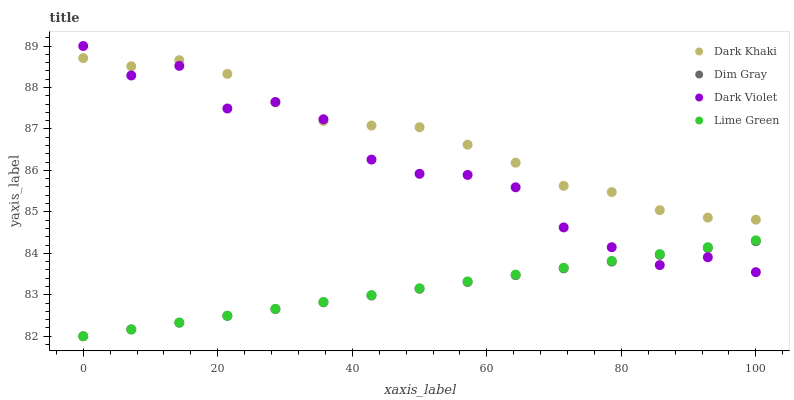
| xaxis_label | Dark Khaki | Dim Gray | Dark Violet | Lime Green |
 | --- | --- | --- | --- | --- |
 | 0 | 88.7 | 82 | 89 | 82 |
 | 7.14 | 88.5 | 82.2 | 88.3 | 82.2 |
 | 14.3 | 88.7 | 82.3 | 88.5 | 82.3 |
 | 21.4 | 88.3 | 82.5 | 87.5 | 82.5 |
 | 28.6 | 87.6 | 82.7 | 87.6 | 82.7 |
 | 35.7 | 87.2 | 82.8 | 87.2 | 82.8 |
 | 42.9 | 87.1 | 83 | 86.3 | 83 |
 | 50 | 87 | 83.1 | 85.9 | 83.2 |
 | 57.1 | 86.6 | 83.3 | 85.9 | 83.3 |
 | 64.3 | 86.2 | 83.5 | 85.6 | 83.5 |
 | 71.4 | 85.6 | 83.6 | 84.6 | 83.7 |
 | 78.6 | 85.5 | 83.8 | 84.1 | 83.8 |
 | 85.7 | 85 | 84 | 83.7 | 84 |
 | 92.9 | 84.9 | 84.1 | 83.9 | 84.1 |
 | 100 | 84.8 | 84.3 | 83.5 | 84.3 |